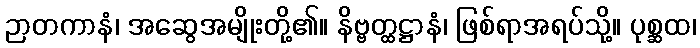
ဉာတကာနံ၊ အဆွေအမျိုးတို့၏။ နိဗ္ဗတ္ထဋ္ဌာနံ၊ ဖြစ်ရာအရပ်သို့။ ပုစ္ဆထ၊